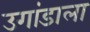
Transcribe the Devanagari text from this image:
उगांडाला